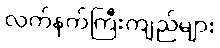
လက်နက်ကြီးကျည်များ